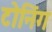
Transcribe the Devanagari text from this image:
टोनिंग